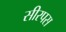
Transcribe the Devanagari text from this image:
सीरपस